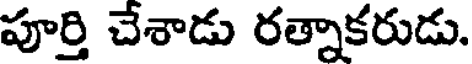
పూర్తి చేశాడు రత్నాకరుడు.